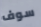
سوف